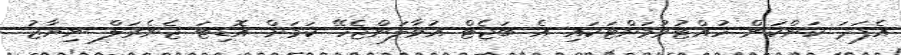
އެފަދަ ކަންކަން ހުއްޓުވުމަށްޓަކައި އެ ބަޖެޓް އުވާލަންޖެހޭ ކަމަށް އޮޑިޓަ ޖެނެރަލް ނިޔާޒު